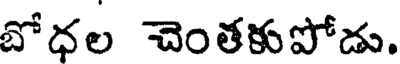
బోధల చెంతకుపోడు.